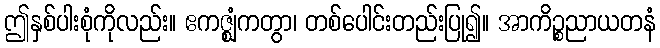
ဤနှစ်ပါးစုံကိုလည်း။ ဧကဇ္ဈံကတွာ၊ တစ်ပေါင်းတည်းပြု၍။ အာကိဉ္စညာယတနံ